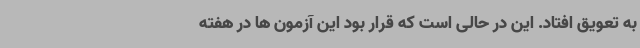
به تعویق افتاد. این در حالی است که قرار بود این آزمون ها در هفته